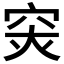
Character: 𥥍